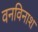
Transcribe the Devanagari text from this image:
वनविनाश